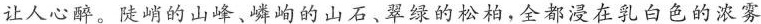
让人心醉。陡峭的山峰、嶙峋的山石、翠绿的松柏。全都浸在乳白色的浓雾